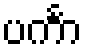
ပင်္ကာ